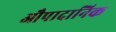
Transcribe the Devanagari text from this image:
औपादानिक